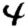
Digit: 4